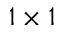
1 \times 1